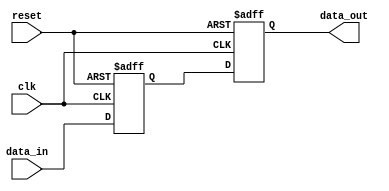
module BufferDelay (
    input wire clk,
    input wire reset,
    input wire [7:0] data_in,
    output reg [7:0] data_out
);

reg [7:0] buffer;

always @(posedge clk or posedge reset) begin
    if (reset) begin
        buffer <= 8'b0;
        data_out <= 8'b0;
    end else begin
        buffer <= data_in;
        data_out <= buffer;
    end
end

endmodule